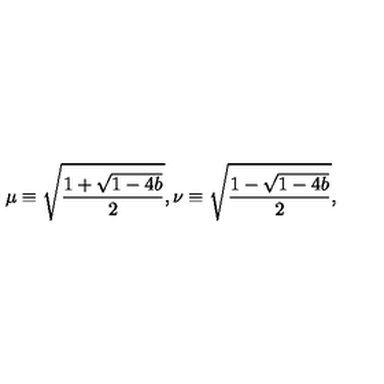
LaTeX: \mu \equiv \sqrt { \frac { 1 + \sqrt { 1 - 4 b } } { 2 } } , \nu \equiv \sqrt { \frac { 1 - \sqrt { 1 - 4 b } } { 2 } } ,